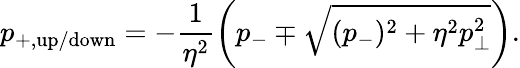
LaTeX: p_{+,\mathrm{up/down}}=-\frac{1}{\eta^{2}}\left(p_{-}\mp\sqrt{(p_{-})^{2}+\eta^{2}p_{\bot}^{2}}\right).